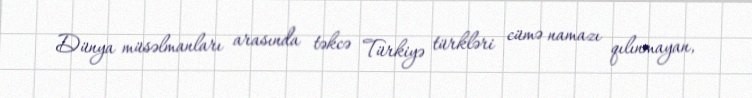
Dünya müsəlmanları arasında təkcə Türkiyə türkləri cümə namazı qılınmayan,